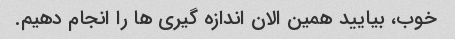
خوب، بیایید همین الان اندازه گیری ها را انجام دهیم.